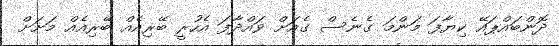
ދޮންބައްޕައޭ ކިޔާފަ މަންމަ ގެނެސް ގެއަށް ވައްދާފަ އެހުރީ ބޭރިއެއް ބޭރިއެއް މަށަށް